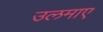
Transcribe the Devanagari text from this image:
उलमाए